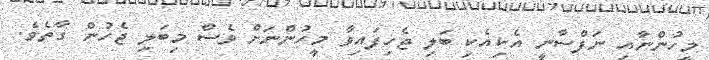
މީހުންނާއި ނަފްސާނީ އެކިއެކި ބަލި ޖެހިފައިވާ މީހުންނަށް ވެސް މިބަލި ޖެހުން ގާތެވެ.